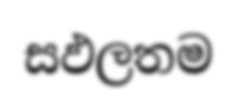
සඵලතම